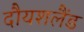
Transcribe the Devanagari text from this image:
दौयशलैंड